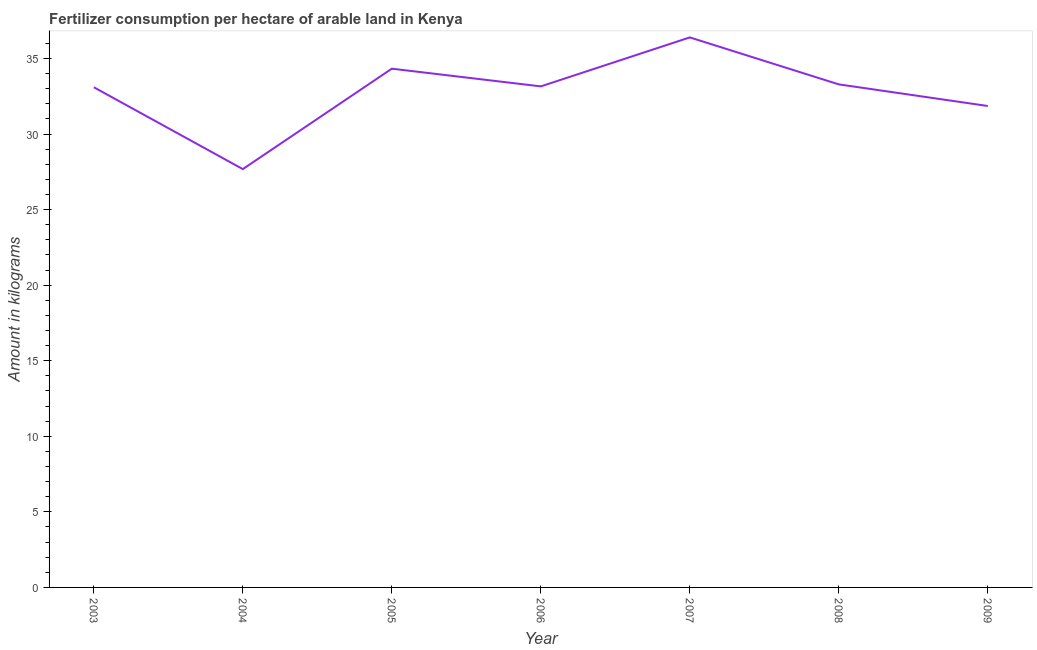
| Year | Fertilizer consumption |
 | --- | --- |
 | 2003 | 33.1 |
 | 2004 | 27.7 |
 | 2005 | 34.3 |
 | 2006 | 33.2 |
 | 2007 | 36.4 |
 | 2008 | 33.3 |
 | 2009 | 31.9 |